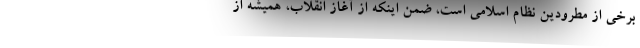
برخی از مطرودین نظام اسلامی است، ضمن اینکه از آغاز انقلاب، همیشه از